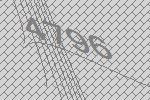
4796